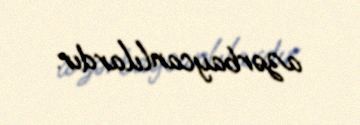
azərbaycanlılardır.